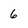
Character: 6